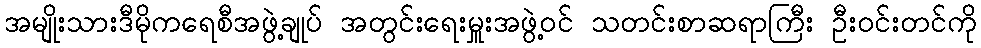
အမျိုးသားဒီမိုကရေစီအဖွဲ့ချုပ် အတွင်းရေးမှူးအဖွဲ့ဝင် သတင်းစာဆရာကြီး ဦးဝင်းတင်ကို